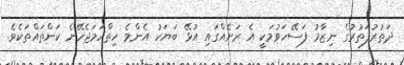
ދަތުރުފަތުރުގެ ނިޒާމު ފަސޭހަވުމަކީ އެ ރަށެއްގައި އުޅޭ ބަޔަކު އެންމެ ހިތްހަމަޖެހޭނެ ކަންތައްތަކެވެ.